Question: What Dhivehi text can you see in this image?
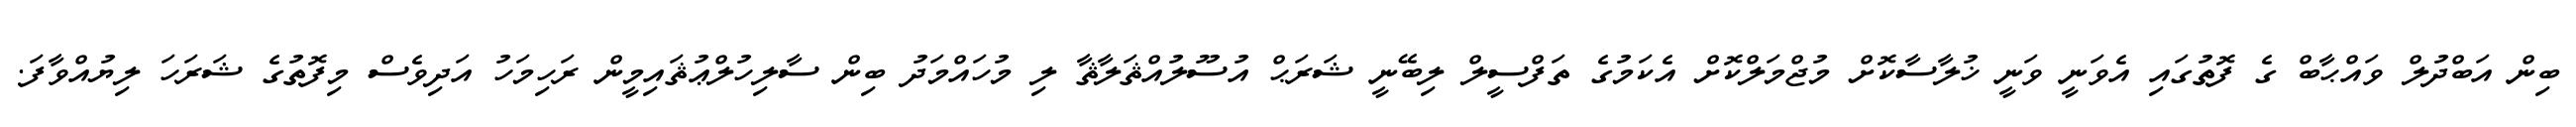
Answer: ބިން އަބްދުލް ވައްޙާބް ގެ ފޮތުގައި އެވަނީ ވަނީ ޚުލާސާކޮށް މުޖްމަލްކޮށް އެކަމުގެ ތަފްސީލް ލިބޭނީ ޝަރަޙް އުސޫލުއްޘަލާޘާ ލި މުހައްމަދު ބިން ސާލިހުލްޢުޘައިމީން ރަހިމަހު އަދިވެސް މިފޮތުގެ ޝަރަހަ ލިޔުއްވާފަ.